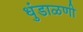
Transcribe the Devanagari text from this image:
धुंडाळणी